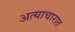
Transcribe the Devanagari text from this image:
अत्याचारात